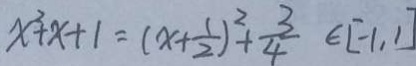
x ^ { 2 } + x + 1 = ( x + \frac { 1 } { 2 } ) ^ { 2 } + \frac { 3 } { 4 } \in [ - 1 , 1 ]